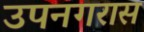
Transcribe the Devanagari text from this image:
उपनगरास